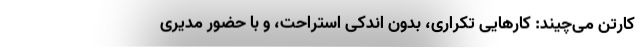
کارتن می‌چیند: کارهایی تکراری، بدون اندکی استراحت، و با حضور مدیری